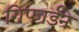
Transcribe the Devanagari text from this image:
गिफार्डने